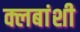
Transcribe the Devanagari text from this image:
क्लबांशी